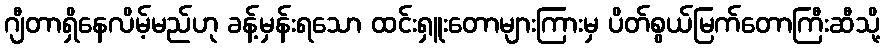
ဂျီတာရှိနေလိမ့်မည်ဟု ခန့်မှန်းရသော ထင်းရှူးတောများကြားမှ ပိတ်စွယ်မြက်တောကြီးဆီသို့